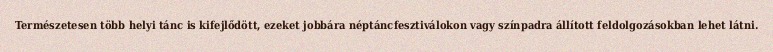
Természetesen több helyi tánc is kifejlődött, ezeket jobbára néptáncfesztiválokon vagy színpadra állított feldolgozásokban lehet látni.